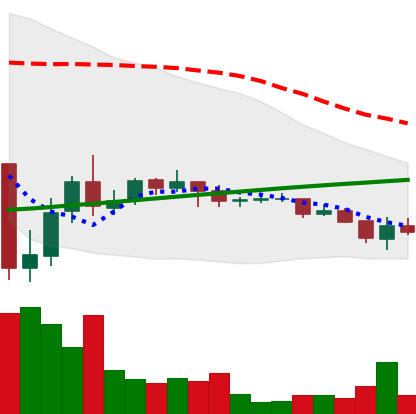
Ticker: DOGE-USD
Chart end date: 2021-07-10
Forward return: -13.571%
Label: down_7plus